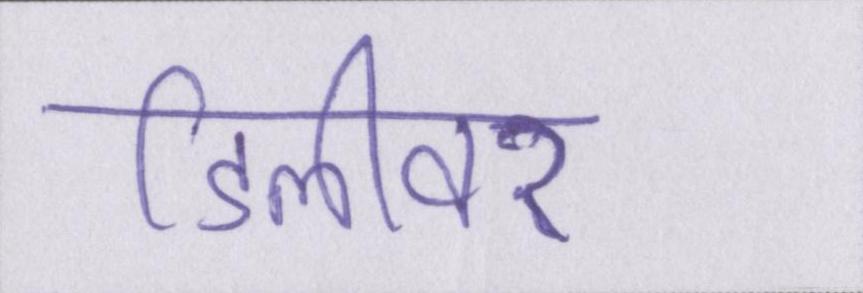
डिलीवर